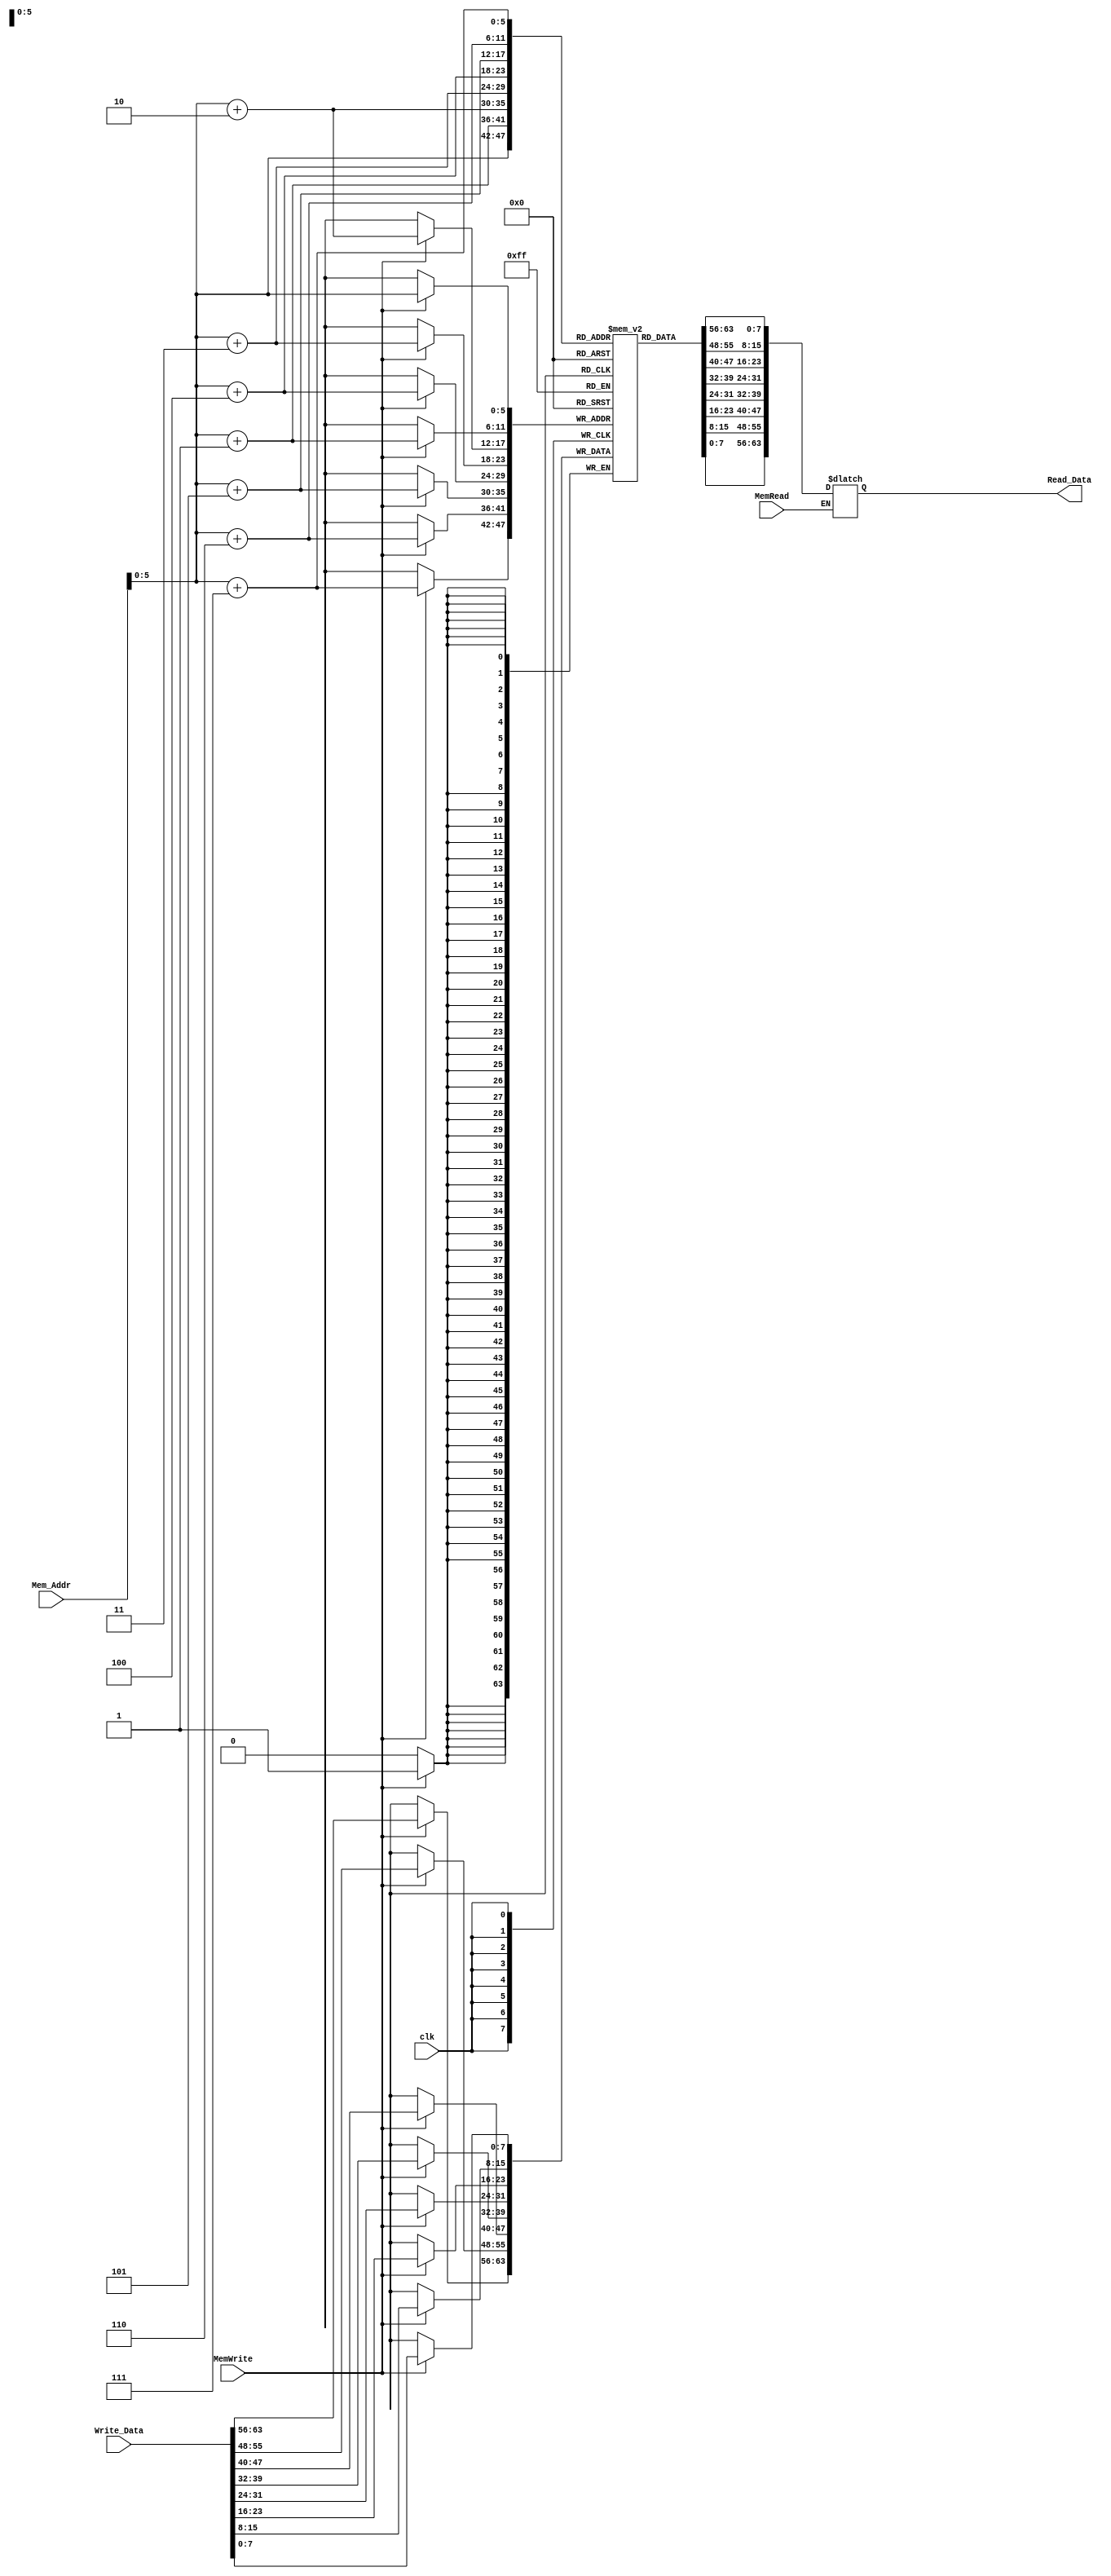
`timescale 1ns / 1ps
//////////////////////////////////////////////////////////////////////////////////
// Company: 
// Engineer: 
// 
// Design Name: 
// Module Name: Data_Memory
// Project Name: 
// Target Devices: 
// Tool Versions: 
// Description: 
// 
// Dependencies: 
// 
// Revision:
// Revision 0.01 - File Created
// Additional Comments:
// 
//////////////////////////////////////////////////////////////////////////////////


module Data_Memory
(
	input [63:0] Mem_Addr,
	input [63:0] Write_Data,
	input clk, MemWrite, MemRead,
	output reg [63:0] Read_Data
);

	reg [7:0] DataMemory [63:0];

	initial
	begin
		DataMemory[0] = 8'd2;
		DataMemory[1] = 8'd0;
		DataMemory[2] = 8'd0;
		DataMemory[3] = 8'd0;
		DataMemory[4] = 8'd0;
		DataMemory[5] = 8'd0;
		DataMemory[6] = 8'd0;
		DataMemory[7] = 8'd0;
		DataMemory[8] = 8'd5;
		DataMemory[9] = 8'd0;
		DataMemory[10] = 8'd0;
		DataMemory[11] = 8'd0;
		DataMemory[12] = 8'd0;
		DataMemory[13] = 8'd0;
		DataMemory[14] = 8'd0;
		DataMemory[15] = 8'd0;
		DataMemory[16] = 8'd6;
		DataMemory[17] = 8'd0;
		DataMemory[18] = 8'd0;
		DataMemory[19] = 8'd0;
		DataMemory[20] = 8'd0;
		DataMemory[21] = 8'd0;
		DataMemory[22] = 8'd0;
		DataMemory[23] = 8'd0;
		DataMemory[24] = 8'd3;
		DataMemory[25] = 8'd0;
		DataMemory[26] = 8'd0;
		DataMemory[27] = 8'd0;
		DataMemory[28] = 8'd0;
		DataMemory[29] = 8'd0;
		DataMemory[30] = 8'd0;
		DataMemory[31] = 8'd0;
		DataMemory[32] = 8'd4;
		DataMemory[33] = 8'd0;
		DataMemory[34] = 8'd0;
		DataMemory[35] = 8'd0;
		DataMemory[36] = 8'd0;
		DataMemory[37] = 8'd0;
		DataMemory[38] = 8'd0;
		DataMemory[39] = 8'd0;
		DataMemory[40] = 8'd8;
		DataMemory[41] = 8'd0;
		DataMemory[42] = 8'd0;
		DataMemory[43] = 8'd0;
		DataMemory[44] = 8'd0 ;
		DataMemory[45] = 8'd0;
		DataMemory[46] = 8'd0;
		DataMemory[47] = 8'd0;
		DataMemory[48] = 8'd0;
		DataMemory[49] = 8'd0;
		DataMemory[50] = 8'd0;
		DataMemory[51] = 8'd0;
		DataMemory[52] = 8'd0;
		DataMemory[53] = 8'd0;
		DataMemory[54] = 8'd0;
		DataMemory[55] = 8'd0;
		DataMemory[56] = 8'd0;
		DataMemory[57] = 8'd0;
		DataMemory[58] = 8'd0;
		DataMemory[59] = 8'd0;
		DataMemory[60] = 8'd0;
		DataMemory[61] = 8'd0;
		DataMemory[62] = 8'd0;
		DataMemory[63] = 8'd0;
	end
	
	always @ (*)
	begin
		if (MemRead)
			Read_Data = {DataMemory[Mem_Addr+7],DataMemory[Mem_Addr+6],DataMemory[Mem_Addr+5],DataMemory[Mem_Addr+4],DataMemory[Mem_Addr+3],DataMemory[Mem_Addr+2],DataMemory[Mem_Addr+1],DataMemory[Mem_Addr]};
	end
	
	always @ (negedge clk) 
	begin
		if (MemWrite)
		begin
			DataMemory[Mem_Addr] = Write_Data[7:0];
			DataMemory[Mem_Addr+1] = Write_Data[15:8];
			DataMemory[Mem_Addr+2] = Write_Data[23:16];
			DataMemory[Mem_Addr+3] = Write_Data[31:24];
			DataMemory[Mem_Addr+4] = Write_Data[39:32];
			DataMemory[Mem_Addr+5] = Write_Data[47:40];
			DataMemory[Mem_Addr+6] = Write_Data[55:48];
			DataMemory[Mem_Addr+7] = Write_Data[63:56];
		end
	end
	
endmodule